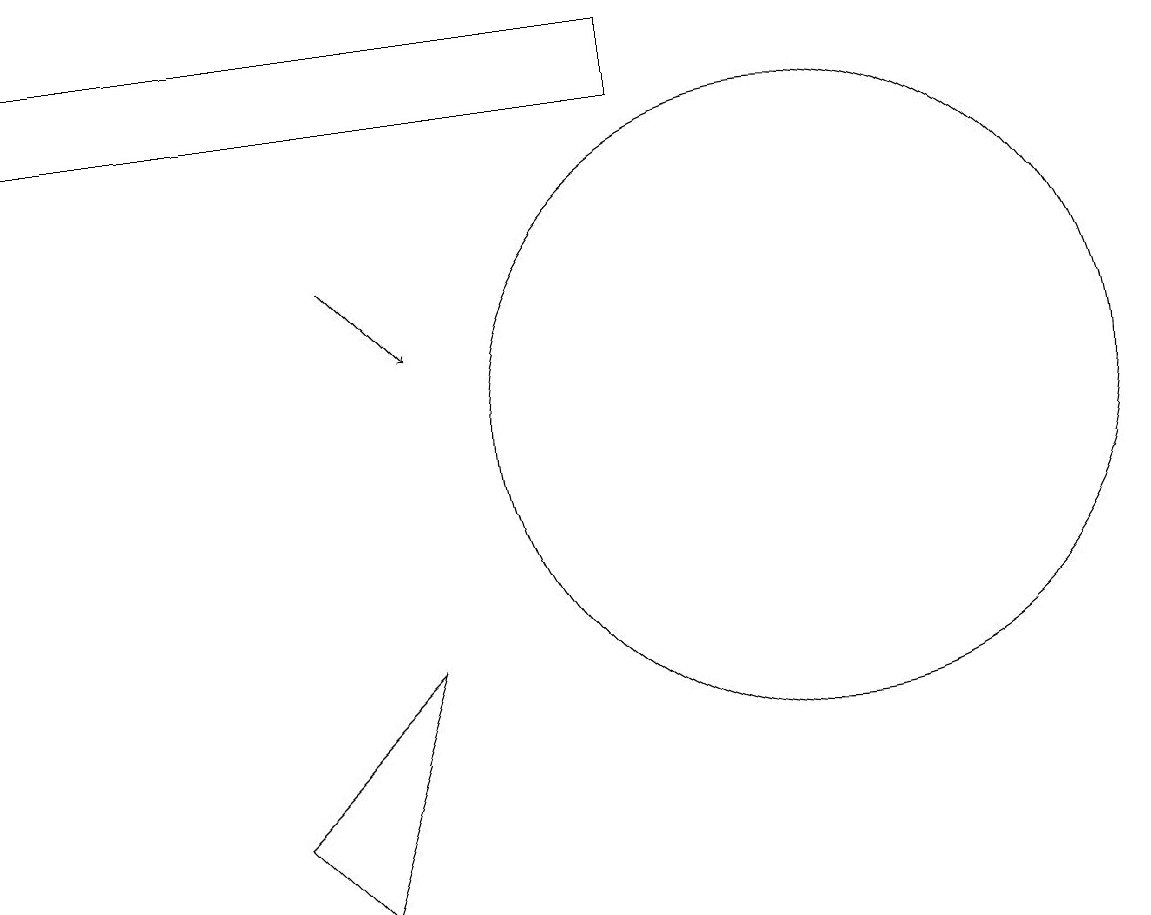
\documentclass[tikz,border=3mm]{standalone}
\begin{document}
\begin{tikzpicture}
\draw[->] (5,14) -- (6,13);
\draw (1,16) rectangle (9,17);
\draw (5,6) -- (4,7) -- (6,9) -- cycle;
\draw (11,12) circle (4);
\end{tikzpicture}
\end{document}